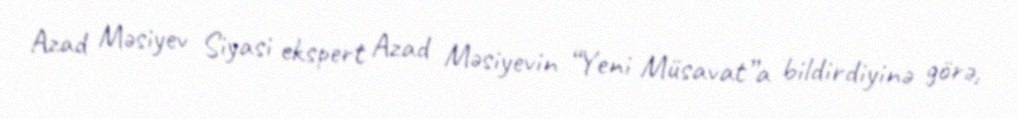
Azad Məsiyev Siyasi ekspert Azad Məsiyevin “Yeni Müsavat”a bildirdiyinə görə,